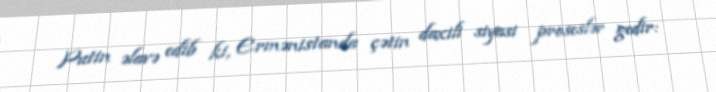
Putin əlavə edib ki, Ermənistanda çətin daxili siyasi proseslər gedir: